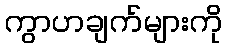
ကွာဟချက်များကို